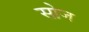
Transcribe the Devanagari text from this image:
सोज